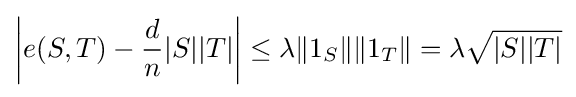
\left|e(S,T)-{\frac {d}{n}}|S||T|\right|\leq \lambda \|1_{S}\|\|1_{T}\|=\lambda {\sqrt {|S||T|}}